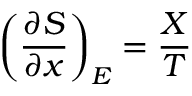
\left( { \frac { \partial S } { \partial x } } \right) _ { E } = { \frac { X } { T } }